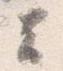
云